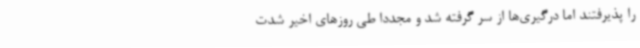
را پذیرفتند اما درگیری‌ها از سر گرفته شد و مجددا طی روزهای اخیر شدت